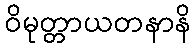
ဝိမုတ္တာယတနာနိ